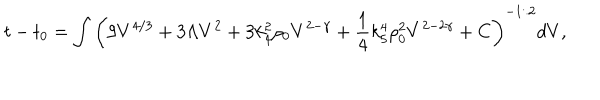
t - t _ { 0 } = \int \left( 9 V ^ { 4 / 3 } + 3 \Lambda V ^ { 2 } + 3 k _ { 4 } ^ { 2 } \rho _ { 0 } V ^ { 2 - \gamma } + \frac 1 4 k _ { 5 } ^ { 4 } \rho _ { 0 } ^ { 2 } V ^ { 2 - 2 \gamma } + C \right) ^ { - 1 / 2 } d V ,